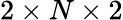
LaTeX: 2\times N\times 2